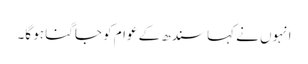
انہوں نے کہا سندھ کے عوام کو جاگنا ہو گا۔